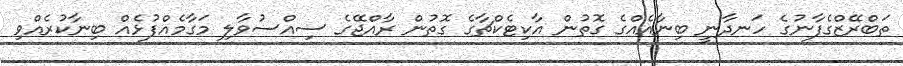
ތަބްރޭޒްގެފާނުގެ ހަނދާނީ ބިނާއެއްގެ ގޮތުން އާކިޓެކްޗާގެ ގޮތުން ރާއްޖޭގެ ސިއްސުވާލި މަގާމެއްފުޅެއް ބިނާކުރެއްވި